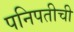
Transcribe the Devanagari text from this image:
पनिपतीची